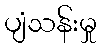
ပျံသန်းမှု